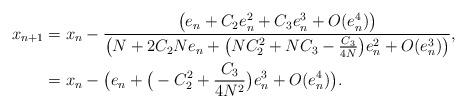
LaTeX: \begin{align*} x_{n+1}&=x_n-\frac{\big( e_n+C_2e_n^2+C_3e_n^3+O(e_n^4)\big)}{\big(N+2C_2Ne_n+\big(NC_2^2+NC_3-\frac{C_3}{4N}\big)e_n^2+O(e_n^3)\big)},\\ &=x_n- \big( e_n+\big(-C_2^2+\frac{C_3}{4N^2}\big)e_n^3+O(e_n^4)\big).\end{align*}